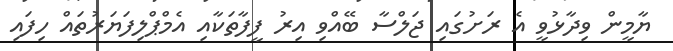
ޔާމީން ވިދާޅުވީ އެ ރަށުގައި ޖަލްސާ ބޭއްވި އިރު ފީފާތަކާއި އެމްޕްލިފަޔަރުތައް ހިފައި